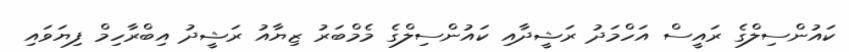
ކައުންސިލްގެ ރައީސް އަހްމަދު ރަޝީދާއި ކައުންސިލްގެ މެމްބަރު ޒިޔާއު ރަޝީދު އިބްރާހިމް ފިޔަވައި